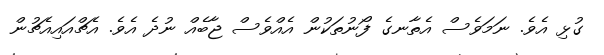
ގުޅި އެވެ. ނަމަވެސް އެތާނގެ ފޯނުތަކުން އެއްވެސް ޖާބެއް ނުދެ އެވެ. އެޗްއައިއެޗުން